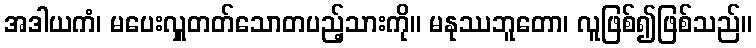
အဒါယကံ၊ မပေးလှူတတ်သောတပည့်သားကို။ မနုဿဘူတော၊ လူဖြစ်၍ဖြစ်သည်။